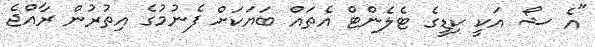
"އެ ޝޯ އަކީ ކިޑީގެ ޓެލެންޓް އެތައް ބަޔަކަށް ފެނުމުގެ އިތުރުން ރާއްޖެ